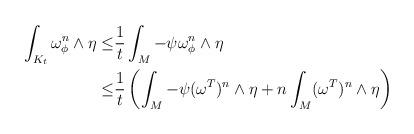
LaTeX: \begin{align*}\int_{K_t}\omega_\phi^n\wedge \eta\leq& \frac{1}{t}\int_M -\psi \omega_\phi^n\wedge \eta\\\leq& \frac{1}{t}\left(\int_M -\psi (\omega^T)^n\wedge \eta+n \int_M (\omega^T)^n\wedge \eta\right)\end{align*}